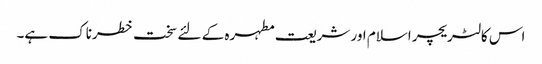
اس کا لٹریچر اسلام اور شریعت مطہرہ کے لئے سخت خطرناک ہے۔